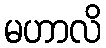
မဟာလိ